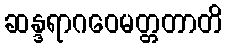
ဆန္ဒရာဂဝေမတ္တတာတိ